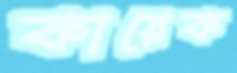
কায়েক